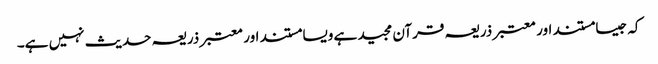
کہ جیسا مستند اور معتبر ذریعہ قرآن مجید ہے ویسا مستند اور معتبر ذریعہ حدیث نہیں ہے۔